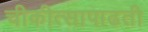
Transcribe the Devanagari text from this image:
चीकीत्सापाढती